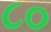
૮૦